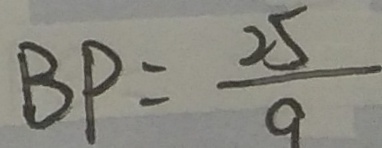
B P = \frac { 2 5 } { 9 }